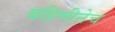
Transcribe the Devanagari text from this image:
बहिणीनेच